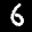
Label: 6